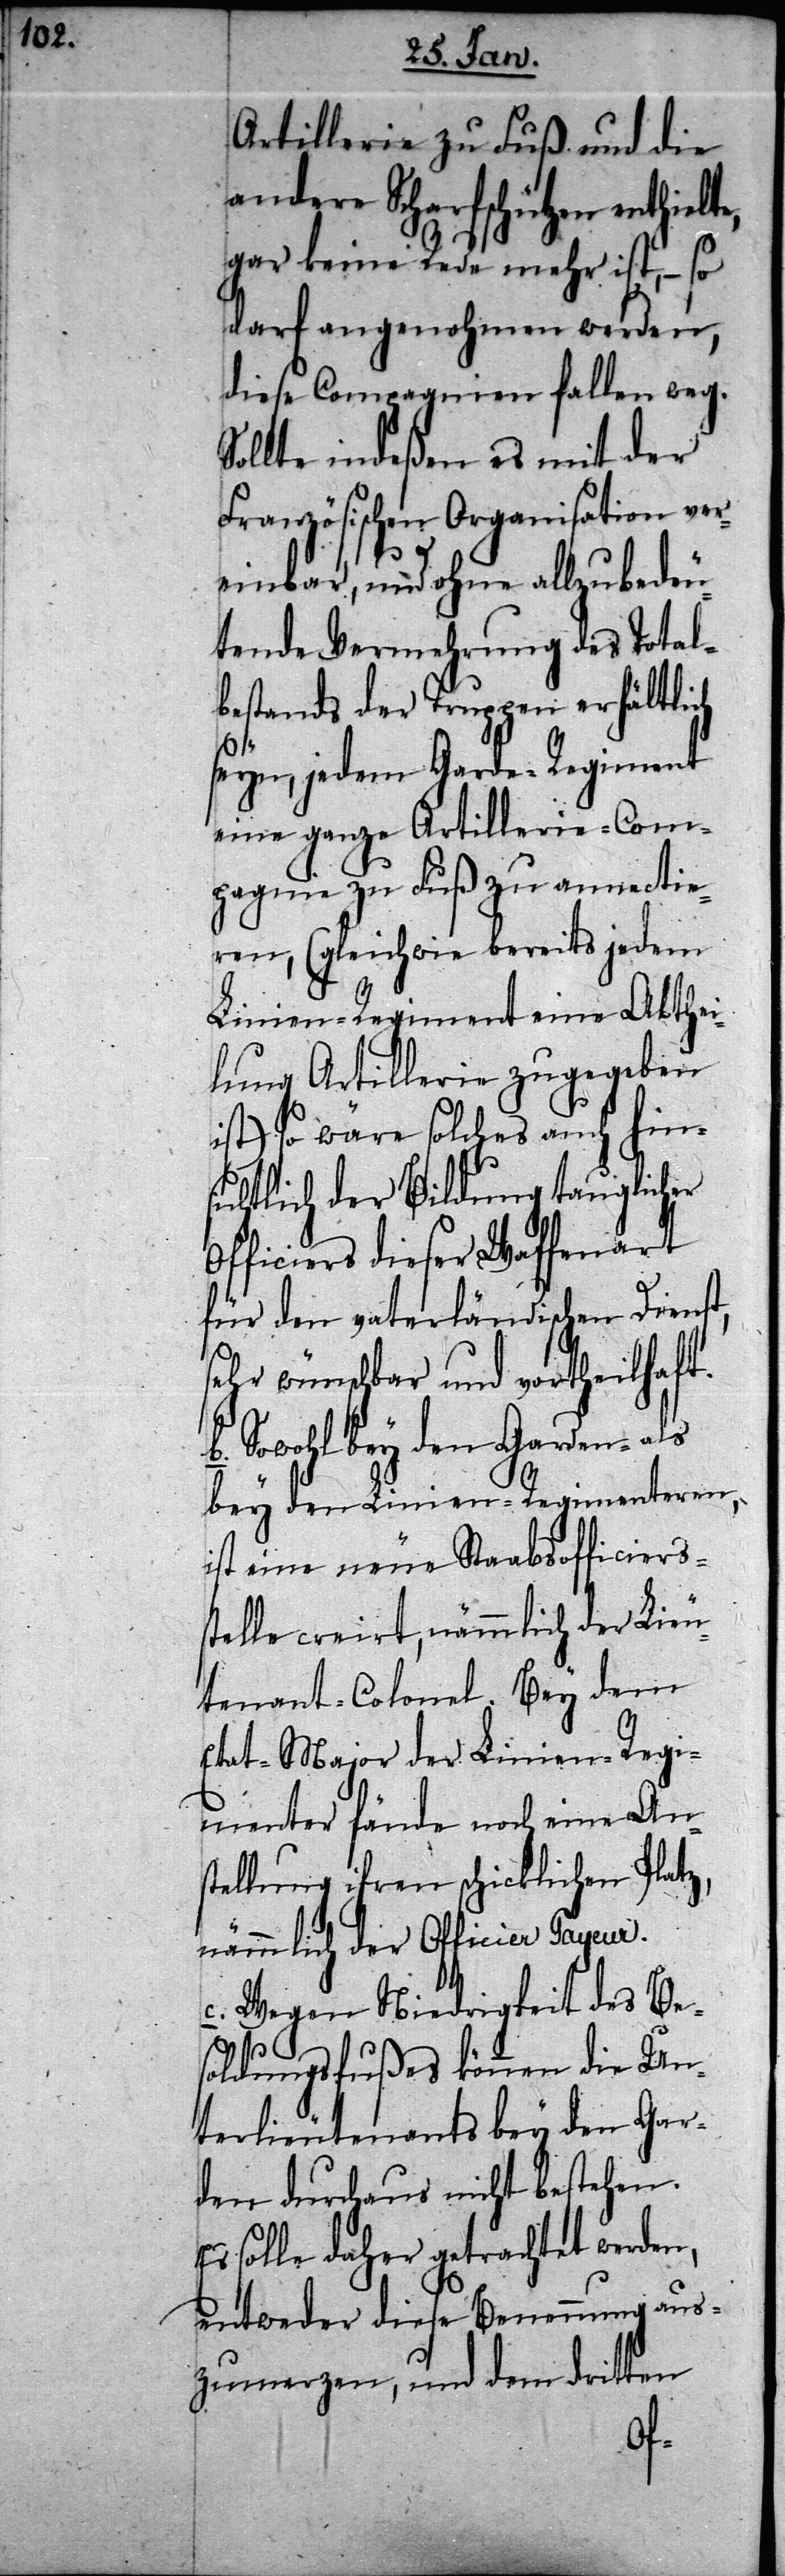
Artillerie zu Fuß und die
andere Scharfschützen enthielt,
gar keine Rede mehr ist, – so
darf angenohmen werden,
diese Compagnien fallen weg.
Sollte indeßen es mit der
Französischen Organisation ver¬
einbar, und ohne allzubedeu¬
tende Vermehrung des Total¬
bestands der Truppen erhältlich
seyn, jedem Garde-Regiment
eine ganze Artillerie-Com¬
pagnie zu Fuß zu annectie¬
ren, (gleichwie bereits jedem
Linien-Regiment eine Abthei¬
lung Artillerie zugegeben
ist) so wäre solches auch hins¬
ichtlich der Bildung tauglicher
Officiers dieser Waffenart
für den vaterländischen Dienst,
sehr wünschbar und vortheilhaft.
b. Sowohl bey den Garden- als
bey den Linien-Regimenteren,
ist eine neue Stabsofficiers¬
stelle creirt, nämmlich der Lieu¬
tenant-Colonel. Bey dem
Etat-Major der Linien-Regi¬
menter fände noch eine An¬
stellung ihren schicklichen Platz,
nämmlich der Officier Payeur.
c. Wegen Niedrigkeit des Be¬
soldungsfußes können die Un¬
terlieutenants bey den Gar¬
den durchaus nicht bestehen.
Es solle daher getrachtet werden,
entweder diese Benennung aus¬
zumerzen, und dem dritten